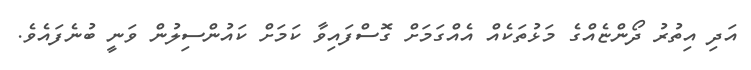
އަދި އިތުރު ދޯންޏެއްގެ މަޅުތަކެއް އެއްގަމަށް ގޮސްފައިވާ ކަމަށް ކައުންސިލުން ވަނީ ބުނެފައެވެ.